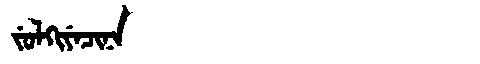
Manchu: ᠵᡠᠯᡴᡳᠶᡝᠴᡳᠨᠠ
Romanization: JULKIYECINA